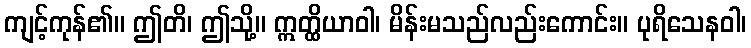
ကျင့်ကုန်၏။ ဤတိ၊ ဤသို့။ ဣတ္ထိယာဝါ၊ မိန်းမသည်လည်းကောင်း။ ပုရိသေနဝါ၊